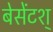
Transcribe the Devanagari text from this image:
बेसेंटश्